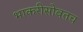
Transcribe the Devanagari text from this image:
भाकरीसोबतच